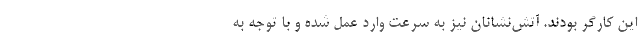
این کارگر بودند. آتش‌نشانان نیز به سرعت وارد عمل شده و با توجه به